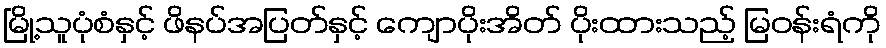
မြို့သူပုံစံနှင့် ဖိနပ်အပြတ်နှင့် ကျောပိုးအိတ် ပိုးထားသည့် မြဝန်းရံကို